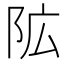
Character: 𮤾